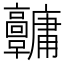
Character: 𩫱